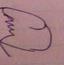
Signature authenticity: forged